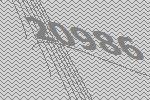
20986